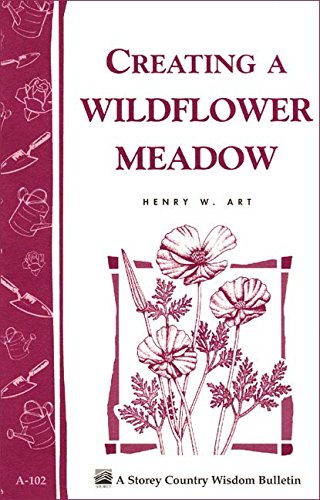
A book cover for Creating a Wildflower Meadow: Storey's Country Wisdom Bulletin A-102 (Storey Country Wisdom Bulletin); Henry W. Art; Crafts, Hobbies & Home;